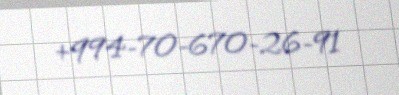
+994-70-670-26-91